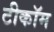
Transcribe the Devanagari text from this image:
टीकॉम